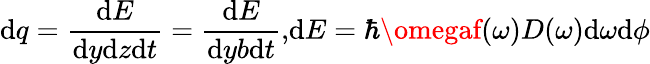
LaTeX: \mathrm{d}q=\frac{{\mathrm{d}E}}{{\mathrm{d}y\mathrm{d}z\mathrm{d}t}}=\frac{{\mathrm{d}E}}{{\mathrm{d}yb\mathrm{d}t}}{,}\mathrm{d}E=\hbar\omegaf(\omega)D(\omega)\mathrm{d}\omega\mathrm{d}\phi